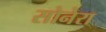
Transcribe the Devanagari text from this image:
सोनेरा